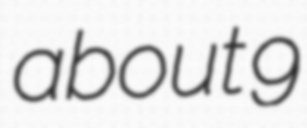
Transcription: about 9